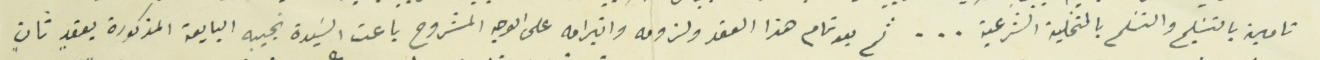
تامين بالتسَليم والتسَلم بالتخلية الشرعية ... ثم بعد تمام هذا العقد ولزومه وانبرامه على الوجه المشروح باعت السَيدة نجيبه البايعة المذكورة بعقدٍ ثانٍ